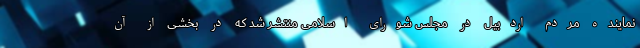
نماینده مردم اردبیل در مجلس شورای اسلامی منتشر شد که در بخشی از آن